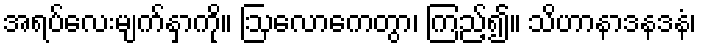
အရပ်လေးမျက်နှာကို။ ဩလောကေတွာ၊ ကြည့်၍။ သိဟာနာဒနဒနံ၊